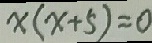
x ( x + 5 ) = 0